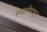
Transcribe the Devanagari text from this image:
स्वारगेटहून